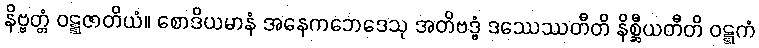
နိဗ္ဗတ္တံ ဝဋ္ဋဇာတိယံ။ စောဒိယမာနံ အနေကဘေဒေသု အတိဗဒ္ဓံ ဒဿေဿတီတိ နိစ္ဆီယတီတိ ဝဋ္ဋကံ